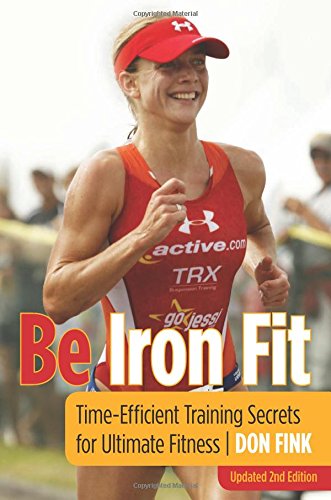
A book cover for Be Iron Fit: Time-Efficient Training Secrets For Ultimate Fitness; Don Fink; Health, Fitness & Dieting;